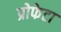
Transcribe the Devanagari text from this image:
प्रोफेटा